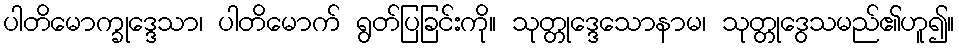
ပါတိမောက္ခုဒ္ဒေသာ၊ ပါတိမောက် ရွတ်ပြခြင်းကို။ သုတ္တုဒ္ဒေသောနာမ၊ သုတ္တုဒွေသမည်၏ဟူ၍။